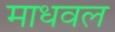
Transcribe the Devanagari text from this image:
माधवल